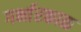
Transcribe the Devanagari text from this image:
गर्भारकाळ